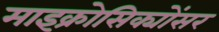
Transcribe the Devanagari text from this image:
माइक्रोसिक्योंसर